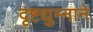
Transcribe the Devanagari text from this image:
दृष्टद्युम्नाने